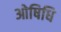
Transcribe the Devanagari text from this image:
ओषिधि